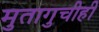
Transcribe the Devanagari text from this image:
मुतागुचीही